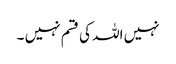
نہیں اللہ کی قسم نہیں ۔